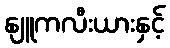
နျူကလီးယားနှင့်